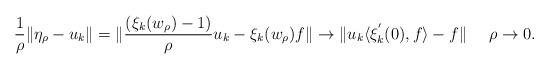
LaTeX: \begin{align*}\frac{1}{\rho} \|\eta_{\rho}- u_k\| &=\|\frac{(\xi_k(w_\rho)-1)}{\rho}u_k - \xi_k(w_\rho) f\| \rightarrow \|u_k \langle \xi^{'}_k(0),f \rangle -f \| \ \ \ \ \rho \rightarrow 0.\end{align*}